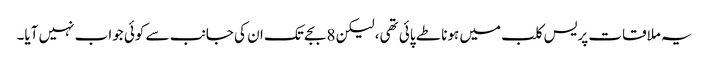
یہ ملاقات پریس کلب میں ہونا طے پائی تھی، لیکن 8 بجے تک ان کی جانب سے کوئی جواب نہیں آیا۔